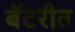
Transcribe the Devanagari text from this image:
बॅटरीत